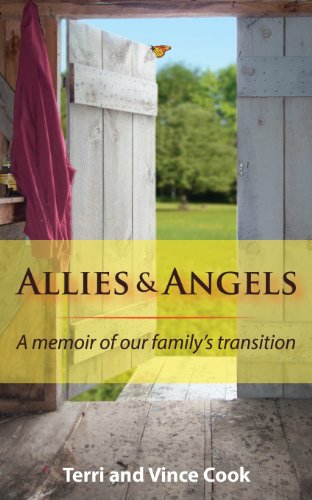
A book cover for Allies & Angels: A Memoir of Our Family's Transition; Terri Cook; Gay & Lesbian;